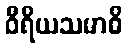
ဝီရိယသမာဓိ